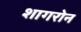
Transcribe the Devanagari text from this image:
शागरोन